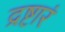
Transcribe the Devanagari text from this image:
द्रष्टारं